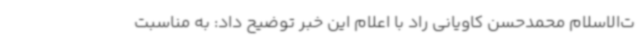
ت‌الاسلام محمدحسن کاویانی راد با اعلام این خبر توضیح داد: به مناسبت